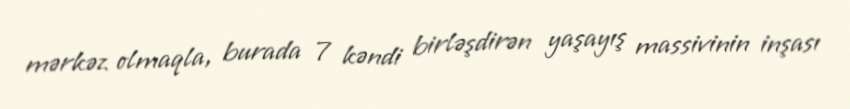
mərkəz olmaqla, burada 7 kəndi birləşdirən yaşayış massivinin inşası